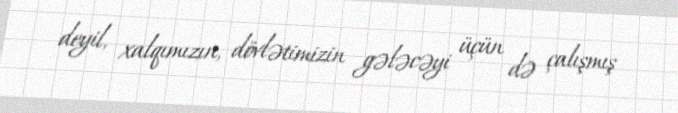
deyil, xalqımızın, dövlətimizin gələcəyi üçün də çalışmış